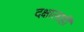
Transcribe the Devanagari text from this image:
दक्षालाही